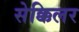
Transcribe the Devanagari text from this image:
सेक्किलर